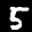
Label: 5